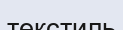
текстиль